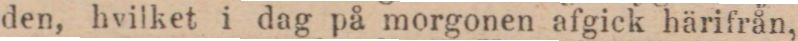
den, hvilket i dag på morgonen afgick härifrån,